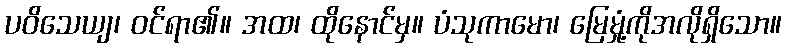
ပဝိသေယျ၊ ဝင်ရာ၏။ အထ၊ ထိုနောင်မှ။ ပံသုကာမော၊ မြေမှုံ့ကိုအလိုရှိသော။